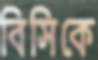
বিসিকে